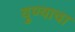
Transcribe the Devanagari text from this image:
युण्याचा